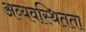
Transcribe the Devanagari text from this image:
अव्यवस्थितता